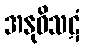
အနုဝိသဋံ